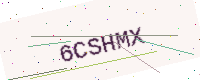
Text: 6CSHMX